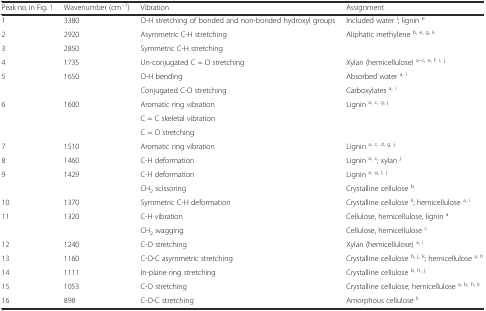
<table><thead><tr><td><b>Peak no. in Fig. 1</b></td><td><b>Wavenumber (cm<sup>−1</sup>)</b></td><td><b>Vibration</b></td><td><b>Assignment</b></td></tr></thead><tbody><tr><td>1</td><td>3380</td><td>O-H stretching of bonded and non-bonded hydroxyl groups</td><td>Included water <sup>i</sup>; lignin <sup>e</sup></td></tr><tr><td>2</td><td>2920</td><td>Asymmetric C-H stretching</td><td rowspan="2">Aliphatic methylene <sup>b, e, g, k</sup></td></tr><tr><td>3</td><td>2850</td><td>Symmetric C-H stretching</td></tr><tr><td>4</td><td>1735</td><td>Un-conjugated C = O stretching</td><td>Xylan (hemicellulose) <sup>a–c, e, f, i, j</sup></td></tr><tr><td rowspan="2">5</td><td rowspan="2">1650</td><td>O-H bending</td><td>Absorbed water <sup>a, i</sup></td></tr><tr><td>Conjugated C-O stretching</td><td>Carboxylates <sup>a, i</sup></td></tr><tr><td rowspan="3">6</td><td rowspan="3">1600</td><td>Aromatic ring vibration</td><td rowspan="3">Lignin <sup>a, c, g, j</sup></td></tr><tr><td>C = C skeletal vibration</td></tr><tr><td>C = O stretching</td></tr><tr><td>7</td><td>1510</td><td>Aromatic ring vibration</td><td>Lignin <sup>a, c, d, g, j</sup></td></tr><tr><td>8</td><td>1460</td><td>C-H deformation</td><td>Lignin <sup>a, c</sup>; xylan <sup>j</sup></td></tr><tr><td rowspan="2">9</td><td rowspan="2">1429</td><td>C-H deformation</td><td>Lignin <sup>a, g, I, j</sup></td></tr><tr><td>CH<sub>2</sub> scissoring</td><td>Crystalline cellulose <sup>b</sup></td></tr><tr><td>10</td><td>1370</td><td>Symmetric C-H deformation</td><td>Crystalline cellulose <sup>k</sup>; hemicellulose <sup>a, i</sup></td></tr><tr><td rowspan="2">11</td><td rowspan="2">1320</td><td>C-H vibration</td><td>Cellulose, hemicellulose, lignin <sup>a</sup></td></tr><tr><td>CH<sub>2</sub> wagging</td><td>Cellulose, hemicellulose <sup>c</sup></td></tr><tr><td>12</td><td>1240</td><td>C-O stretching</td><td>Xylan (hemicellulose) <sup>a, i</sup></td></tr><tr><td>13</td><td>1160</td><td>C-O-C asymmetric stretching</td><td>Crystalline cellulose <sup>b, j, k</sup>; hemicellulose <sup>a, h</sup></td></tr><tr><td>14</td><td>1111</td><td>In-plane ring stretching</td><td>Crystalline cellulose <sup>b, h, j</sup></td></tr><tr><td>15</td><td>1053</td><td>C-O stretching</td><td>Crystalline cellulose; hemicellulose <sup>a, b, h, k</sup></td></tr><tr><td>16</td><td>898</td><td>C-O-C stretching</td><td>Amorphous cellulose <sup>k</sup></td></tr></tbody></table>